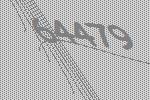
64479